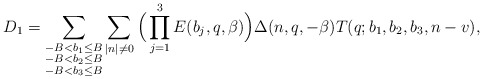
\begin{align*}D_1=\sum_{\substack{-B<b_1\le B\\ -B<b_2\le B \\ -B<b_3\le B}}\sum_{|n|\not=0}\Big(\prod_{j=1}^3E(b_j,q,\beta)\Big)\Delta(n,q,-\beta)T(q;b_1,b_2,b_3,n-v),\end{align*}